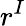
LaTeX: r^{I}